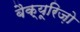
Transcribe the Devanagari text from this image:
बैक्यूरिज़ो